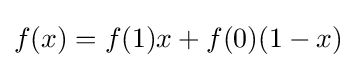
f(x)=f(1)x+f(0)(1-x)